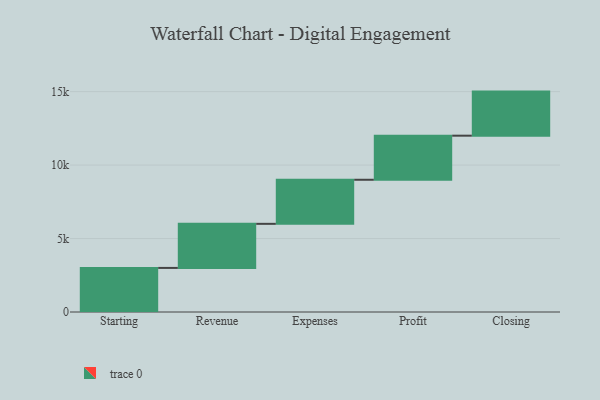
{"axis": {"x": "Step", "y": "Value"}, "legend": [""], "data": [{"x": "Starting", "y": 3000, "type": ""}, {"x": "Revenue", "y": 3000, "type": ""}, {"x": "Expenses", "y": 3000, "type": ""}, {"x": "Profit", "y": 3000, "type": ""}, {"x": "Closing", "y": 3000, "type": ""}]}